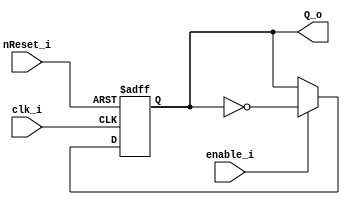
// CPEN 230L lab 10, T Flip Flop
// Rick Nungester 3/19/16 (Doug Snook 11/9/13)

module T_FlipFlop (
  input      clk_i,     // positive edge triggered clock
  input      nReset_i,  // active low asynchronous reset
  input      enable_i,  // active high enable
  output reg Q_o);

  always @(posedge clk_i, negedge nReset_i)
    if (~nReset_i)
      Q_o <= 1'b0;
    else if (enable_i)
      Q_o <= ~Q_o;

endmodule